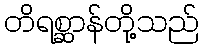
တိရစ္ဆာန်တို့သည်